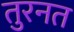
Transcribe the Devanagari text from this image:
तुरनत